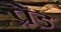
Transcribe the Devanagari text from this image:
प्रेड